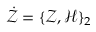
\dot { \mathcal Z } = \{ \mathcal { Z } , \mathcal { H } \} _ { 2 }